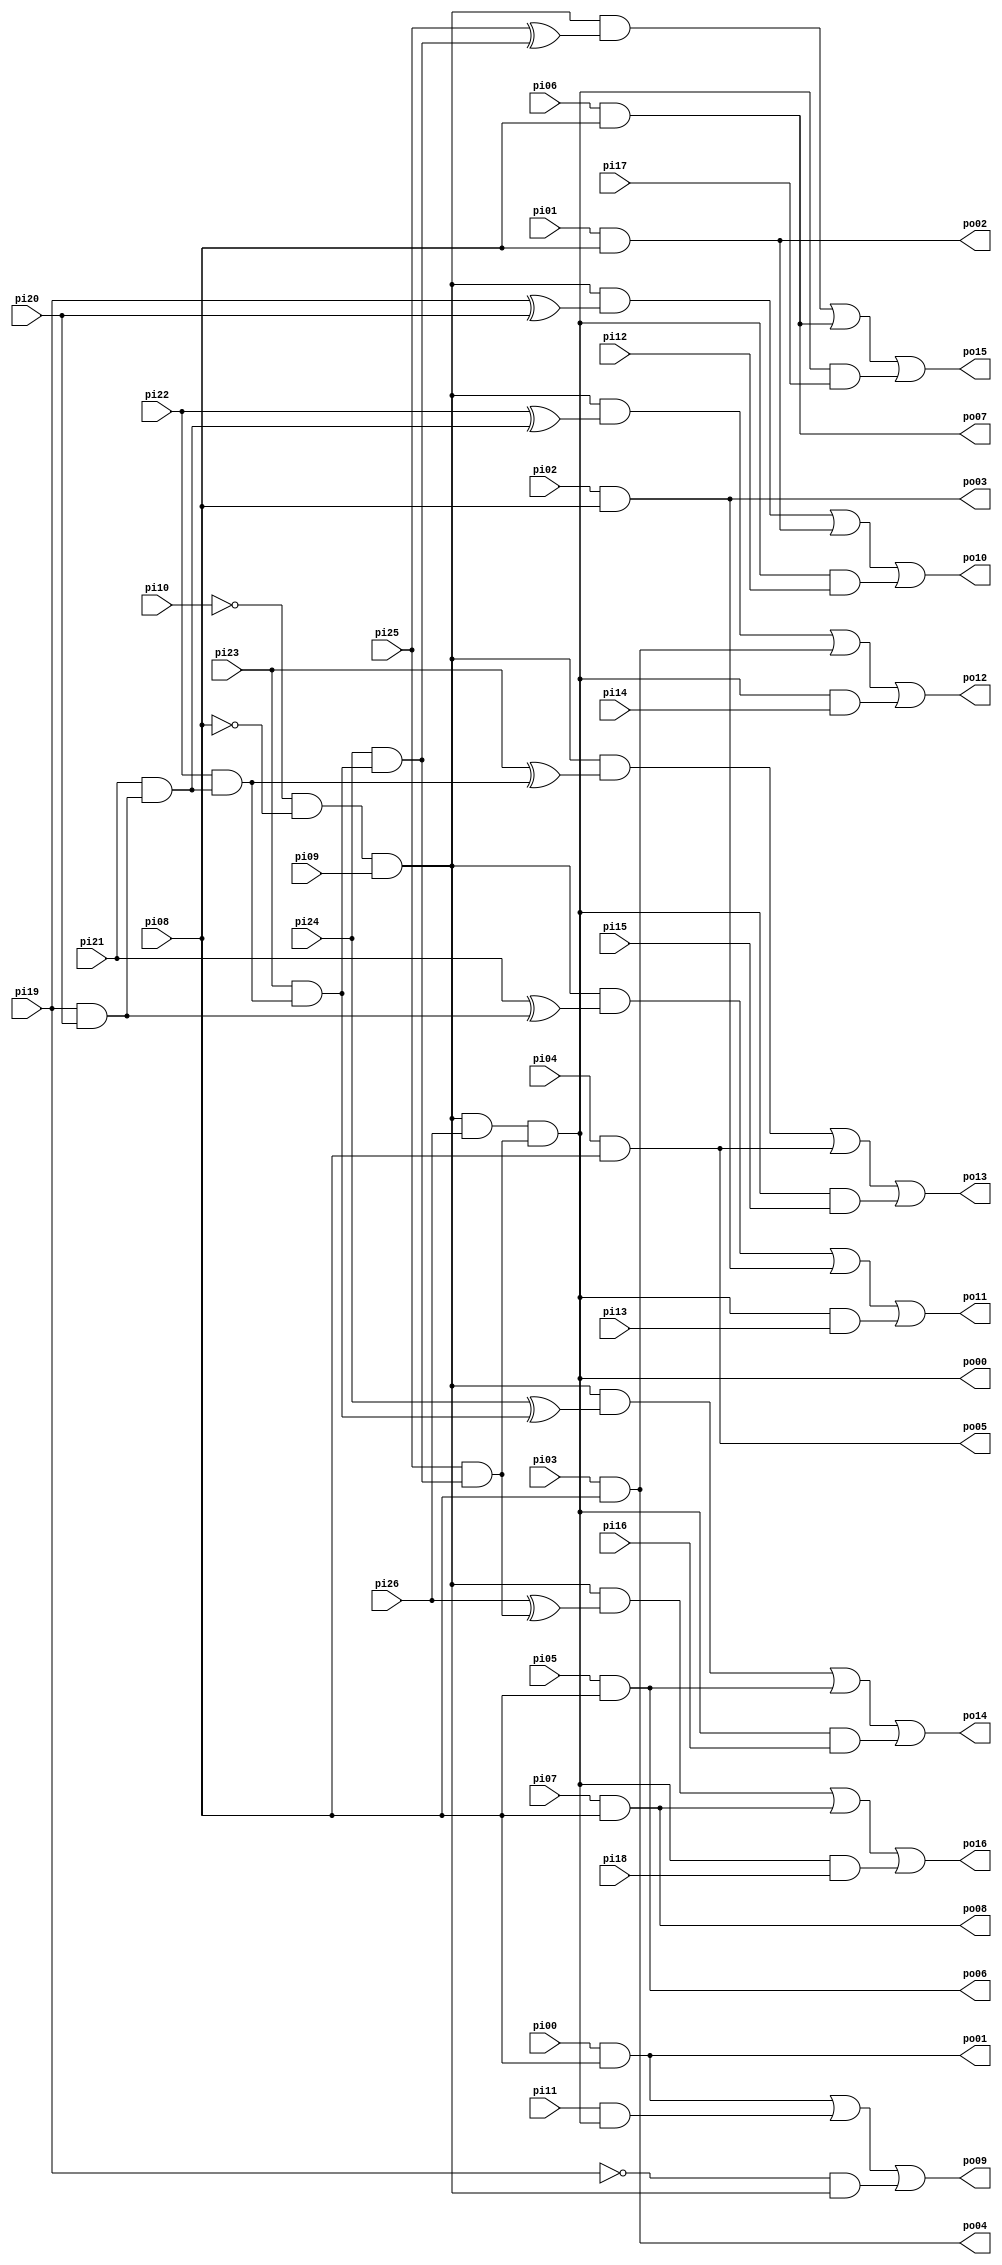
// Benchmark "pcler8_cl" written by ABC on Thu Mar 19 13:02:36 2020

module pcler8_cl ( 
    pi00, pi01, pi02, pi03, pi04, pi05, pi06, pi07, pi08, pi09, pi10, pi11,
    pi12, pi13, pi14, pi15, pi16, pi17, pi18, pi19, pi20, pi21, pi22, pi23,
    pi24, pi25, pi26,
    po00, po01, po02, po03, po04, po05, po06, po07, po08, po09, po10, po11,
    po12, po13, po14, po15, po16  );
  input  pi00, pi01, pi02, pi03, pi04, pi05, pi06, pi07, pi08, pi09,
    pi10, pi11, pi12, pi13, pi14, pi15, pi16, pi17, pi18, pi19, pi20, pi21,
    pi22, pi23, pi24, pi25, pi26;
  output po00, po01, po02, po03, po04, po05, po06, po07, po08, po09, po10,
    po11, po12, po13, po14, po15, po16;
  wire new_n62_, new_n63_, new_n64_, new_n65_, new_n66_, new_n67_, new_n68_;
  assign po00 = new_n62_ & pi26 & new_n64_;
  assign po01 = pi00 & pi08;
  assign po02 = pi01 & pi08;
  assign po03 = pi02 & pi08;
  assign po04 = pi03 & pi08;
  assign po05 = pi04 & pi08;
  assign po06 = pi05 & pi08;
  assign po07 = pi06 & pi08;
  assign po08 = pi07 & pi08;
  assign po09 = po01 | (pi11 & po00) | (~pi19 & new_n62_);
  assign po10 = (new_n62_ & (pi19 ^ pi20)) | po02 | (po00 & pi12);
  assign po11 = (new_n62_ & (pi21 ^ new_n67_)) | po03 | (po00 & pi13);
  assign po12 = (new_n62_ & (pi22 ^ new_n65_)) | po04 | (po00 & pi14);
  assign po13 = (new_n62_ & (pi23 ^ new_n68_)) | po05 | (po00 & pi15);
  assign po14 = (new_n62_ & (pi24 ^ new_n63_)) | po06 | (po00 & pi16);
  assign po15 = (new_n62_ & (pi25 ^ new_n66_)) | po07 | (po00 & pi17);
  assign po16 = (new_n62_ & (pi26 ^ new_n64_)) | po08 | (po00 & pi18);
  assign new_n62_ = ~pi10 & ~pi08 & pi09;
  assign new_n63_ = pi23 & new_n68_;
  assign new_n64_ = pi25 & new_n66_;
  assign new_n65_ = pi21 & new_n67_;
  assign new_n66_ = pi24 & new_n63_;
  assign new_n67_ = pi19 & pi20;
  assign new_n68_ = pi22 & new_n65_;
endmodule